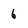
Character: 6